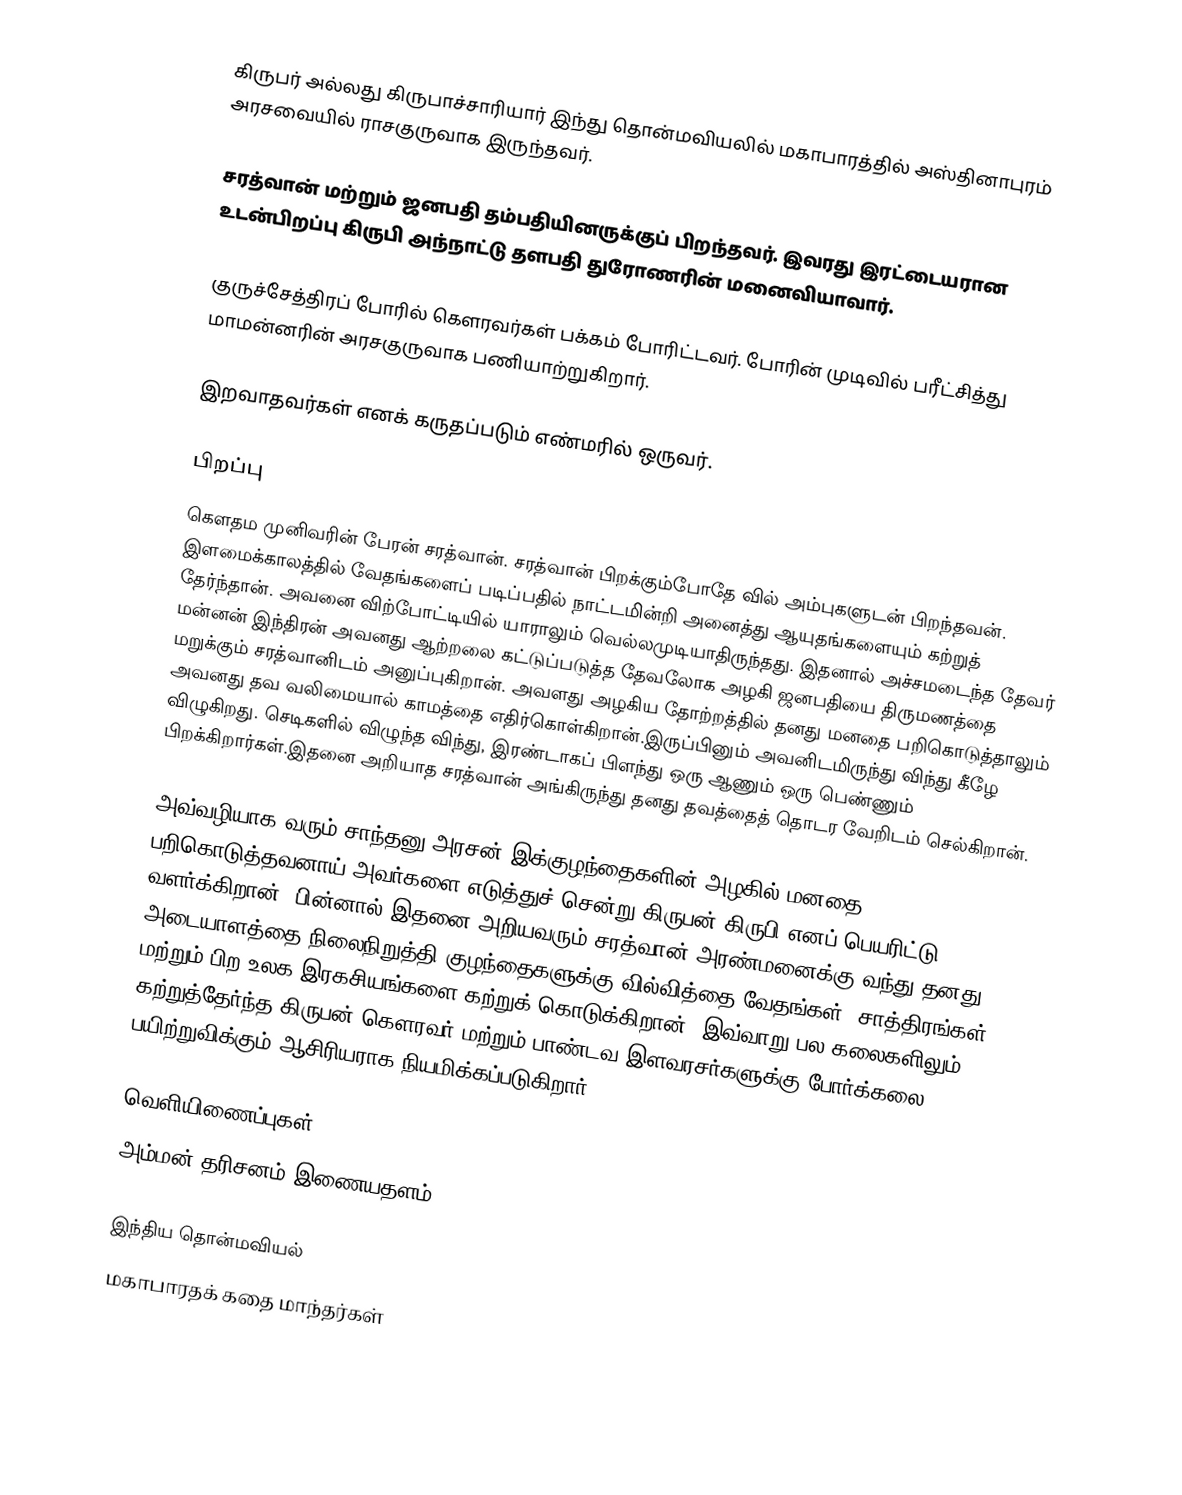
கிருபர் அல்லது கிருபாச்சாரியார் இந்து தொன்மவியலில் மகாபாரத்தில் அஸ்தினாபுரம் அரசவையில் ராசகுருவாக இருந்தவர்.

சரத்வான் மற்றும் ஜனபதி தம்பதியினருக்குப் பிறந்தவர். இவரது இரட்டையரான உடன்பிறப்பு கிருபி அந்நாட்டு தளபதி துரோணரின் மனைவியாவார்.

குருச்சேத்திரப் போரில் கௌரவர்கள் பக்கம் போரிட்டவர். போரின் முடிவில் பரீட்சித்து மாமன்னரின் அரசகுருவாக பணியாற்றுகிறார்.

இறவாதவர்கள் எனக் கருதப்படும் எண்மரில் ஒருவர்.

பிறப்பு
கௌதம முனிவரின் பேரன் சரத்வான். சரத்வான் பிறக்கும்போதே வில் அம்புகளுடன் பிறந்தவன். இளமைக்காலத்தில் வேதங்களைப் படிப்பதில் நாட்டமின்றி அனைத்து ஆயுதங்களையும் கற்றுத் தேர்ந்தான். அவனை விற்போட்டியில் யாராலும் வெல்லமுடியாதிருந்தது. இதனால் அச்சமடைந்த தேவர் மன்னன் இந்திரன் அவனது ஆற்றலை கட்டுப்படுத்த தேவலோக அழகி ஜனபதியை திருமணத்தை மறுக்கும் சரத்வானிடம் அனுப்புகிறான். அவளது அழகிய தோற்றத்தில் தனது மனதை பறிகொடுத்தாலும் அவனது தவ வலிமையால் காமத்தை எதிர்கொள்கிறான்.இருப்பினும் அவனிடமிருந்து விந்து கீழே விழுகிறது. செடிகளில் விழுந்த விந்து, இரண்டாகப் பிளந்து ஒரு ஆணும் ஒரு பெண்ணும் பிறக்கிறார்கள்.இதனை அறியாத சரத்வான் அங்கிருந்து தனது தவத்தைத் தொடர வேறிடம் செல்கிறான்.

அவ்வழியாக வரும் சாந்தனு அரசன் இக்குழந்தைகளின் அழகில் மனதை பறிகொடுத்தவனாய் அவர்களை எடுத்துச் சென்று கிருபன்,கிருபி எனப் பெயரிட்டு வளர்க்கிறான். பின்னால் இதனை அறியவரும் சரத்வான் அரண்மனைக்கு வந்து தனது அடையாளத்தை நிலைநிறுத்தி குழந்தைகளுக்கு வில்வித்தை,வேதங்கள், சாத்திரங்கள் மற்றும் பிற உலக இரகசியங்களை கற்றுக் கொடுக்கிறான். இவ்வாறு பல கலைகளிலும் கற்றுத்தேர்ந்த கிருபன் கௌரவர் மற்றும் பாண்டவ இளவரசர்களுக்கு போர்க்கலை பயிற்றுவிக்கும் ஆசிரியராக நியமிக்கப்படுகிறார்.

வெளியிணைப்புகள்
அம்மன் தரிசனம் இணையதளம்

இந்திய தொன்மவியல்
மகாபாரதக் கதை மாந்தர்கள்